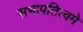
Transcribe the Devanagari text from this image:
सभापतित्वमे